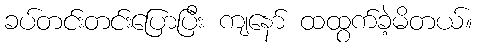
ခပ်တင်းတင်းပြောပြီး ကျနော် ထထွက်ခဲ့မိတယ်။